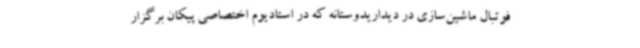
فوتبال ماشین‌سازی در دیداریدوستانه که در استادیوم اختصاصی پیکان برگزار